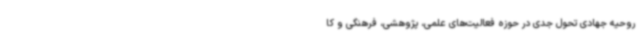
روحیه جهادی تحول جدی در حوزه فعالیت‌های علمی، پژوهشی، فرهنگی و کا